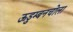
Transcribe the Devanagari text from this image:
ऊडुम्बनचोला